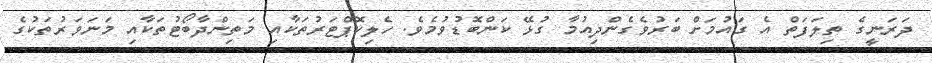
ދަރަނީގެ ތިލަފަތް އެ ގައުމަށް ބަރުވެގެންދިއުމާ ގުޅޭ ކަންބޮޑުވުމެވެ. ހެލިކޮޕްޓަރުތަކާއި މަތިންދާބޯޓުތަކާއި މަނަވަރުތަކުގެ